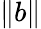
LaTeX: \left\| b\right\|